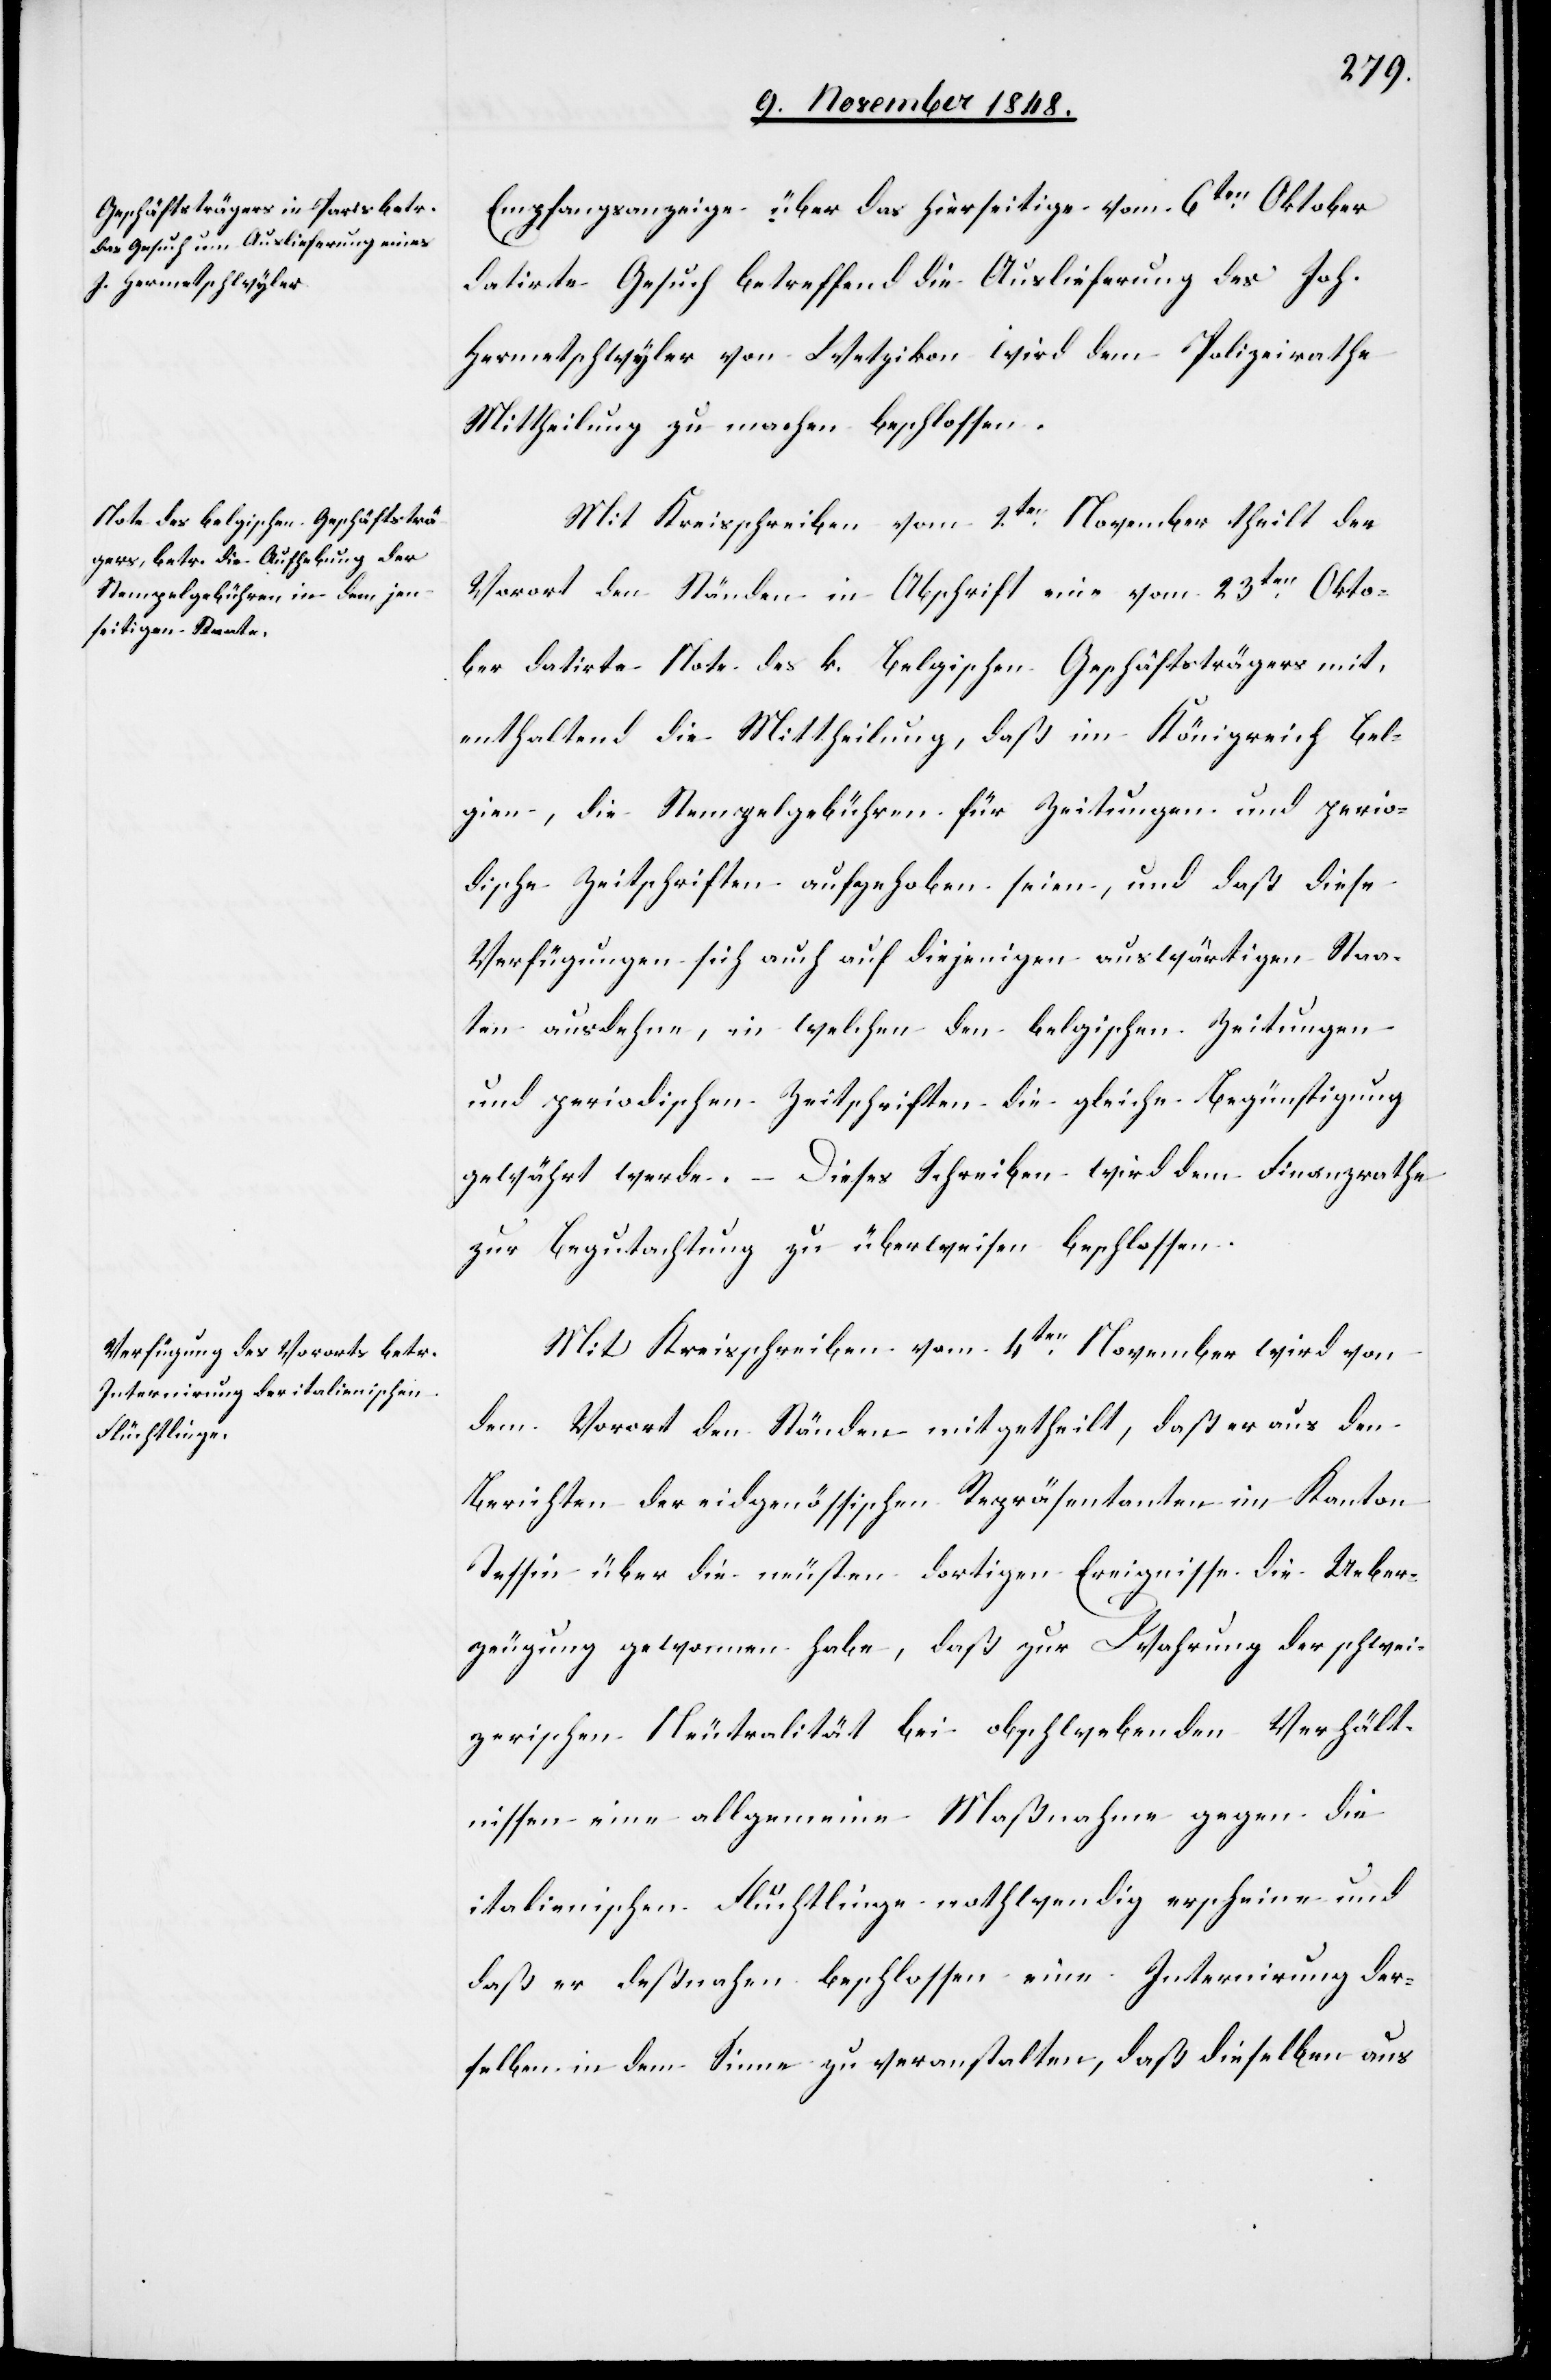
Empfangsanzeige über das hierseitige vom 6ten Oktober
datirte Gesuch betreffend die Auslieferung des Joh.
Hermetschwyler von Wetzikon wird dem Polizeirathe
Mittheilung zu machen beschlossen.
Mit Kreisschreiben vom 2ten November theilt der
Vorort den Ständen in Abschrift eine vom 23ten Okto¬
ber datirte Note des k. Belgischen Geschäftsträgers mit,
enthaltend die Mittheilung, daß im Königreich Bel¬
gien, die Stempelgebühren für Zeitungen und perio¬
dische Zeitschriften aufgehoben seien, und daß diese
Verfügungen sich auch auf diejenigen auswärtigen Staa¬
ten ausdehne, in welchen den belgischen Zeitungen
und periodischen Zeitschriften die gleiche Begünstigung
gewährt werde. – Dieses Schreiben wird dem Finanzrathe
zur Begutachtung zu überweisen beschlossen.
Mit Kreisschreiben vom 4ten November wird von
dem Vorort den Ständen mitgetheilt, daß er aus den
Berichten der eidgenössischen Repräsentanten im Kanton
Tessin über die neusten dortigen Ereignisse die Ueber¬
zeugung gewonnen habe, daß zur Wahrung der schwei¬
zerischen Neutralität bei obschwebenden Verhält¬
nissen eine allgemeine Maßnahme gegen die
italienischen Flüchtlinge nothwendig erscheine und
daß er deßnahen beschlossen eine Internirung der¬
selben in dem Sinne zu veranstalten, daß dieselben aus